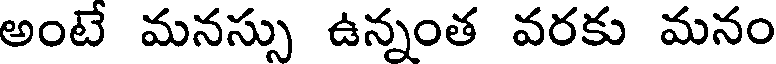
అంటే మనస్సు ఉన్నంత వరకు మనం